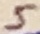
Text: 5